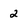
Character: 2